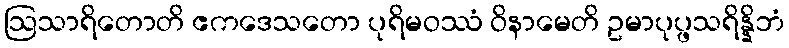
ဩသာရိတောတိ ဧကဒေသတော ပုရိမဝဿံ ဝိနာမေတိ ဥမာပုပ္ဖသရိန္နိဘံ